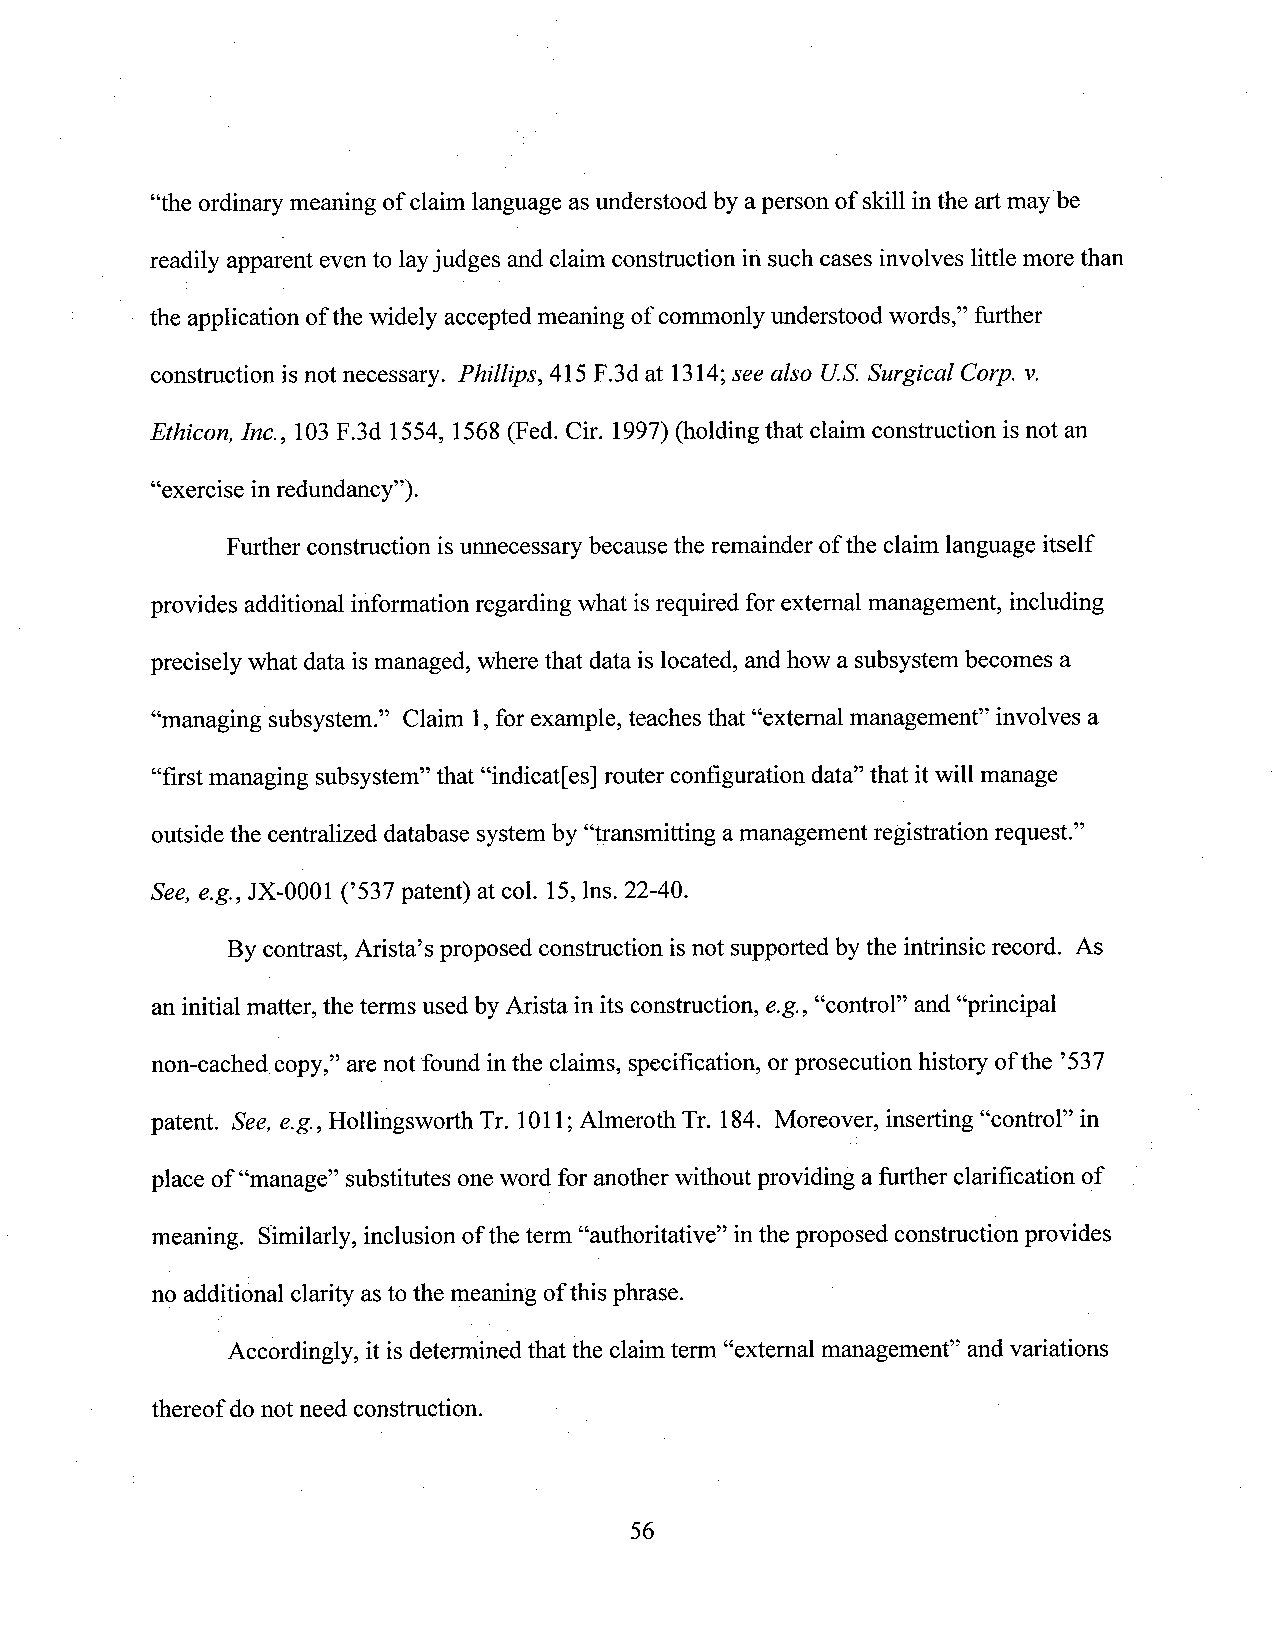
“the ordinary meaning ofclaim language asunderstood by aperson of skill inthe art may be
 readily apparent evento layjudges andclaim construction in such cases involves little more than
 the application ofthe widely accepted meaning of commonly understood words,” further
 construction is not necessary. Phillips, 415 F.3d at 1314;see also U.S.Surgical Corp. v.
 Ethicon, [nc., 103F.3d 1554, 1568(Fed. Cir. 1997) (holding that claim construction is not an
 “exercise in redundancy”).
 Further construction isunnecessary becausethe remainder ofthe claim language itself
 provides additional information regarding Whatisrequired for external management, including
 precisely what dataismanaged, where that data is located,and how a subsystem becomes a
 “managing subsystem.” Claim 1,for example, teaches that “external management” involves a
 “first managing subsystem” that “indicat[es] router configuration data” that itwill manage
 outside the centralized database systemby “transmitting amanagement registration request.”
 See, e.g., JX-0001 (’537 patent) at col. 15, lns. 22-40.
 Bycontrast, Arista’s proposed construction isnot supported bythe intrinsic record. As
 an initial matter, the terms used byArista in its construction, e.g., “control” and “principal
 non-cached copy,” arenot found inthe claims, specification, orprosecution history ofthe ’537
 patent. See, e.g., Hollingsworth Tr. 1011;Almeroth Tr. 184. Moreover, inserting “control” in
 place of “manage” substitutesoneword for anotherwithoutproviding a further clarification of
 meaning. Similarly, inclusionofthe term “authoritative” inthe proposed construction provides
 no additional clarity asto the meaning ofthis phrase.
 Accordingly, it isdetermined that the claim term “extemal management” and variations
 thereof donot need construction.
 56